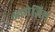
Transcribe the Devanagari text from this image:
आमेज़िश